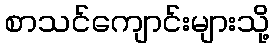
စာသင်ကျောင်းများသို့